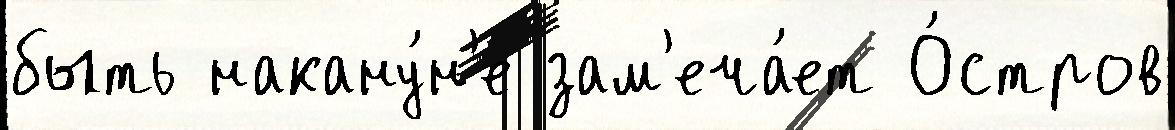
быть накану́н'е зам'еча́ет О́стров